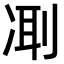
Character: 𠗜